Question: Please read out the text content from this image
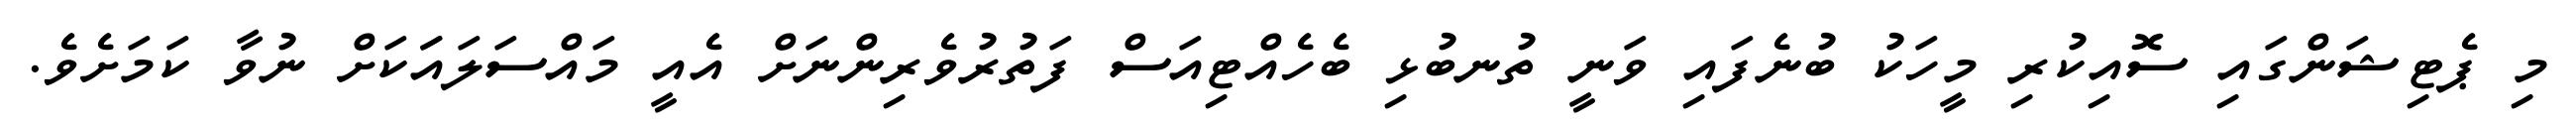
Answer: މި ޕެޓިޝަންގައި ސޮއިކުރި މީހަކު ބުނެފައި ވަނީ ތުނބުޅި ބެހެއްޓިއަސް ފަތުރުވެރިންނަށް އެއީ މައްސަލައަަކަށް ނުވާ ކަމަށެވެ.